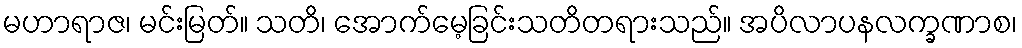
မဟာရာဇ၊ မင်းမြတ်။ သတိ၊ အောက်မေ့ခြင်းသတိတရားသည်။ အပိလာပနလက္ခဏာစ၊